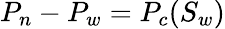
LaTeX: P_{n}-P_{w}=P_{c}(S_{w})